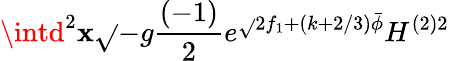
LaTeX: \intd^{2}\mathbf{x}\sqrt{}{{-g}}\frac{{(-1)}}{{2}}e^{\sqrt{}{{2}}f_{1}+(k+2/3)\bar{{\phi}}}H^{(2)2}